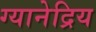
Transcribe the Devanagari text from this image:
ग्यानेद्रिय